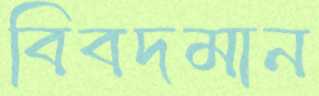
বিবদমান